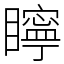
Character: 矃